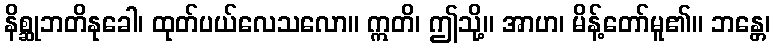
နိစ္ဆုဘတိနုခေါ၊ ထုတ်ပယ်လေသလော။ ဣတိ၊ ဤသို့။ အာဟ၊ မိန့်တော်မူ၏။ ဘန္တေ၊